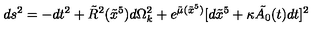
d s ^ { 2 } = - d t ^ { 2 } + \tilde { R } ^ { 2 } ( \tilde { x } ^ { 5 } ) d \Omega _ { k } ^ { 2 } + e ^ { \tilde { \mu } ( \tilde { x } ^ { 5 } ) } [ d \tilde { x } ^ { 5 } + \kappa \tilde { A _ { 0 } } ( t ) d t ] ^ { 2 }